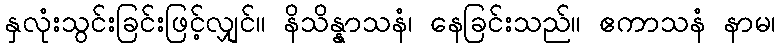
နှလုံးသွင်းခြင်းဖြင့်လျှင်။ နိသိန္နာသနံ၊ နေခြင်းသည်။ ဧကာသနံ နာမ၊